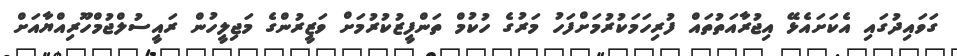
ގަވައިދުގައި އެކަށައެޅޭ އިޖުރާއަތުތައް ފުރިހަމަކުރުމަށްފަހު މަރުގެ ހުކުމް ތަންފީޒުކުރުމަށް ވަޒީރުންގެ މަޖިލީހުން ރައީސުލްޖުމްހޫރިއްޔާއަށް